Lunatic asylums in Bengal annual reports 1888-1898 - 1888-1898
Year: 1888
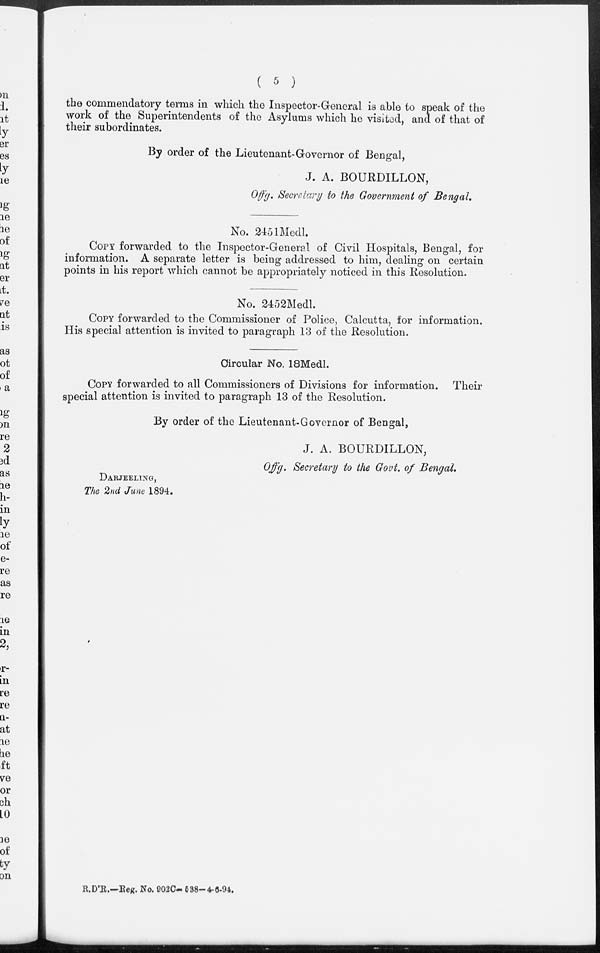
( 5 )
the commendatory terms in which the Inspector-General is able to speak of the
work of the Superintendents of the Asylums which he visited, and of that of
their subordinates.
By order of the Lieutenant-Governor of Bengal,
J. A. BOURDILLON,
Offg. Secretary to the Government of Bengal.
No. 2451Medl.
COPY forwarded to the Inspector-General of Civil Hospitals, Bengal, for
information. A separate letter is being addressed to him, dealing on certain
points in his report which cannot be appropriately noticed in this Resolution.
No. 2452Medl.
COPY forwarded to the Commissioner of Police, Calcutta, for information.
His special attention is invited to paragraph 13 of the Resolution.
Circular No. 18Medl.
COPY forwarded to all Commissioners of Divisions for information. Their
special attention is invited to paragraph 13 of the Resolution.
By order of the Lieutenant-Governor of Bengal,
J. A. BOURDILLON,
Offg. Secretary to the Govt. of Bengal.
DARJEELING,
The 2nd June 1894.
R.D'R.—Reg. No. 902C- 538-4-6-94.